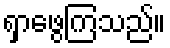
ရှာဖွေကြသည်။